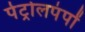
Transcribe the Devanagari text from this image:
पेट्रोलपंपों